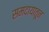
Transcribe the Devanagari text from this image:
समदायातून